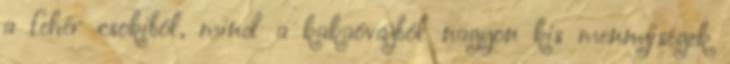
a fehér csokiból, mind a kakaóvajból nagyon kis mennyiségek